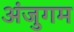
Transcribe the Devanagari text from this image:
अंजुगम